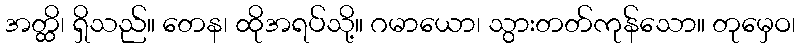
အတ္ထိ၊ ရှိသည်။ တေန၊ ထိုအရပ်သို့။ ဂမာယော၊ သွားတတ်ကုန်သော။ တုမှေဝ၊